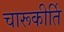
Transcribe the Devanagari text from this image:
चारूकीर्ति